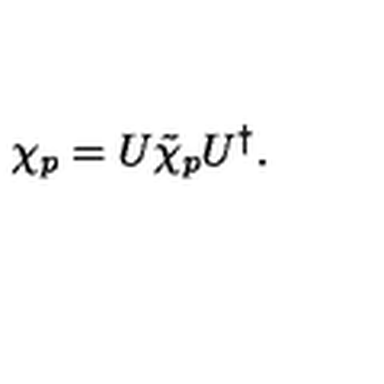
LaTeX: \chi _ { p } = U \tilde { \chi } _ { p } U ^ { \dagger } .